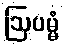
ဩပမ္မံ